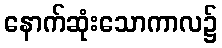
နောက်ဆုံးသောကာလ၌